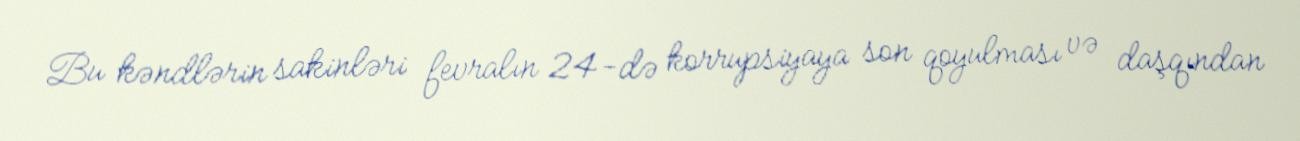
Bu kəndlərin sakinləri fevralın 24-də korrupsiyaya son qoyulması və daşqından